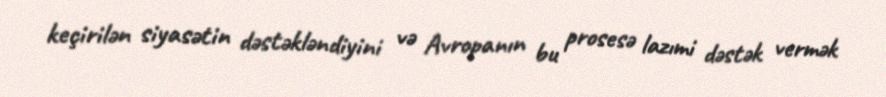
keçirilən siyasətin dəstəkləndiyini və Avropanın bu prosesə lazımi dəstək vermək